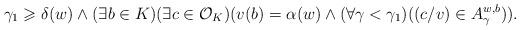
LaTeX: \begin{align*}\gamma_1\geqslant \delta(w) \wedge (\exists b\in K) (\exists c\in \mathcal{O}_K) (v(b)=\alpha(w) \wedge (\forall \gamma<\gamma_1) ((c/v)\in A_\gamma^{w,b})). \end{align*}